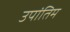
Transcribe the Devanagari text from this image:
उपांतिम